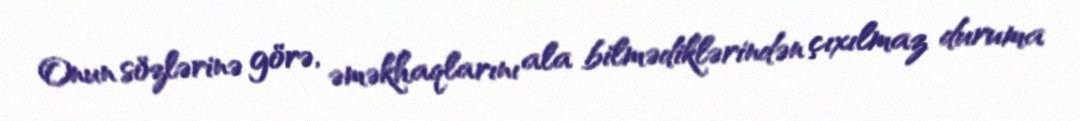
Onun sözlərinə görə, əməkhaqlarını ala bilmədiklərindən çıxılmaz duruma